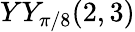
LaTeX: YY_{\pi/8}(2,3)